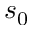
s _ { 0 }